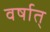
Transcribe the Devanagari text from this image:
वर्षात्